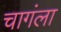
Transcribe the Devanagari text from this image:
चागंला